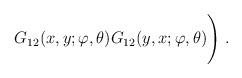
LaTeX: \begin{align*}G_{12}(x,y;\varphi,\theta)G_{12}(y,x;\varphi,\theta) \Bigg) \; .\end{align*}